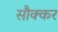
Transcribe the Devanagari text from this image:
सौक्कर